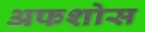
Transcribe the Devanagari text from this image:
अफशोस